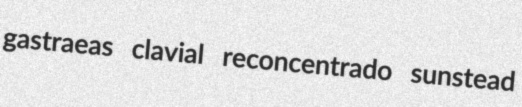
gastraeas clavial reconcentrado sunstead